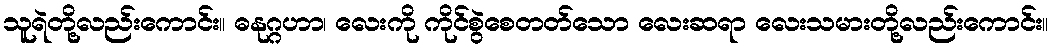
သူရဲတို့လည်းကောင်း။ ဓနုဂ္ဂဟာ၊ လေးကို ကိုင်စွဲစေတတ်သော လေးဆရာ လေးသမားတို့လည်းကောင်း။